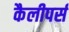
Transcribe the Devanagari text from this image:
कैलीपर्स